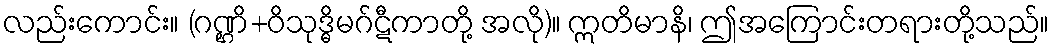
လည်းကောင်း။ (ဂဏ္ဌိ+ဝိသုဒ္ဓိမဂ်ဋီကာတို့ အလို)။ ဣတိမာနိ၊ ဤအကြောင်းတရားတို့သည်။